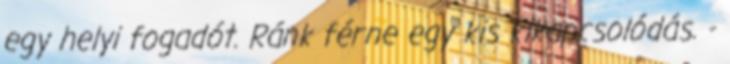
egy helyi fogadót. Ránk férne egy kis kikapcsolódás. -